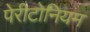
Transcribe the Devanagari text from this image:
पेरीटोनियम